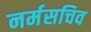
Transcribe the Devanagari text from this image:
नर्मसचिव